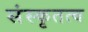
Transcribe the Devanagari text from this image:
संस्कृतत्व